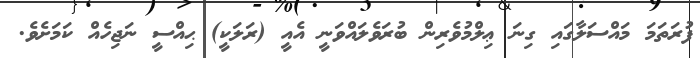
ފުރަތަމަ މައްސަލާގައި ގިނަ ޢިލްމުވެރިން ބުރަވެލައްވަނީ އެއީ (ރަލަކީ) ޙިއްސީ ނަޖިހެއް ކަމަށެވެ.